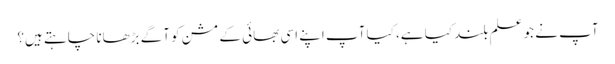
آپ نے جو علم بلند کیا ہے، کیا آپ اپنے اسی بھائی کے مشن کو آگے بڑھانا چاہتے ہیں؟